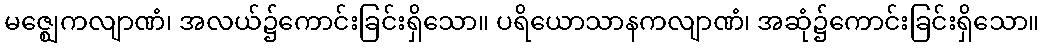
မဇ္ဈေကလျာဏံ၊ အလယ်၌ကောင်းခြင်းရှိသော။ ပရိယောသာနကလျာဏံ၊ အဆုံ၌ကောင်းခြင်းရှိသော။